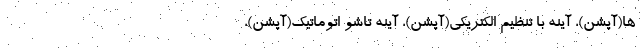
ها(آپشن)، آینه با تنظیم الکتریکی(آپشن)، آینه تاشو اتوماتیک(آپشن)،